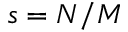
s = N / M